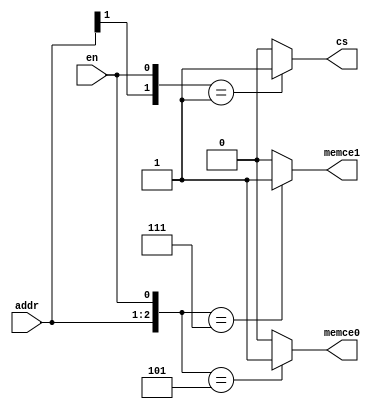
module code6 (memce0, memce1, cs, en, addr);
    output memce0, memce1, cs;
    input en;
    input [31:30] addr;
    reg memce0, memce1, cs;
    always @(addr or en) begin   
        {memce0, memce1, cs} = 3'b0;    
        casex ({addr, en})
        3'b101: memce0 = 1'b1;
        3'b111: memce1 = 1'b1;
        3'b0?1: cs = 1'b1;
        endcase
    end
endmodule